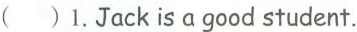
( )1. Jack is a good student.